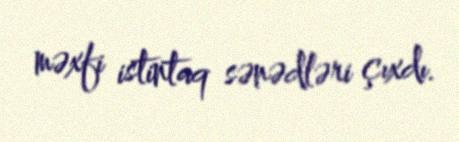
məxfi istintaq sənədləri çıxdı.